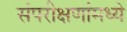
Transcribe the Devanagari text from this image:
संपरीक्षणांमध्ये